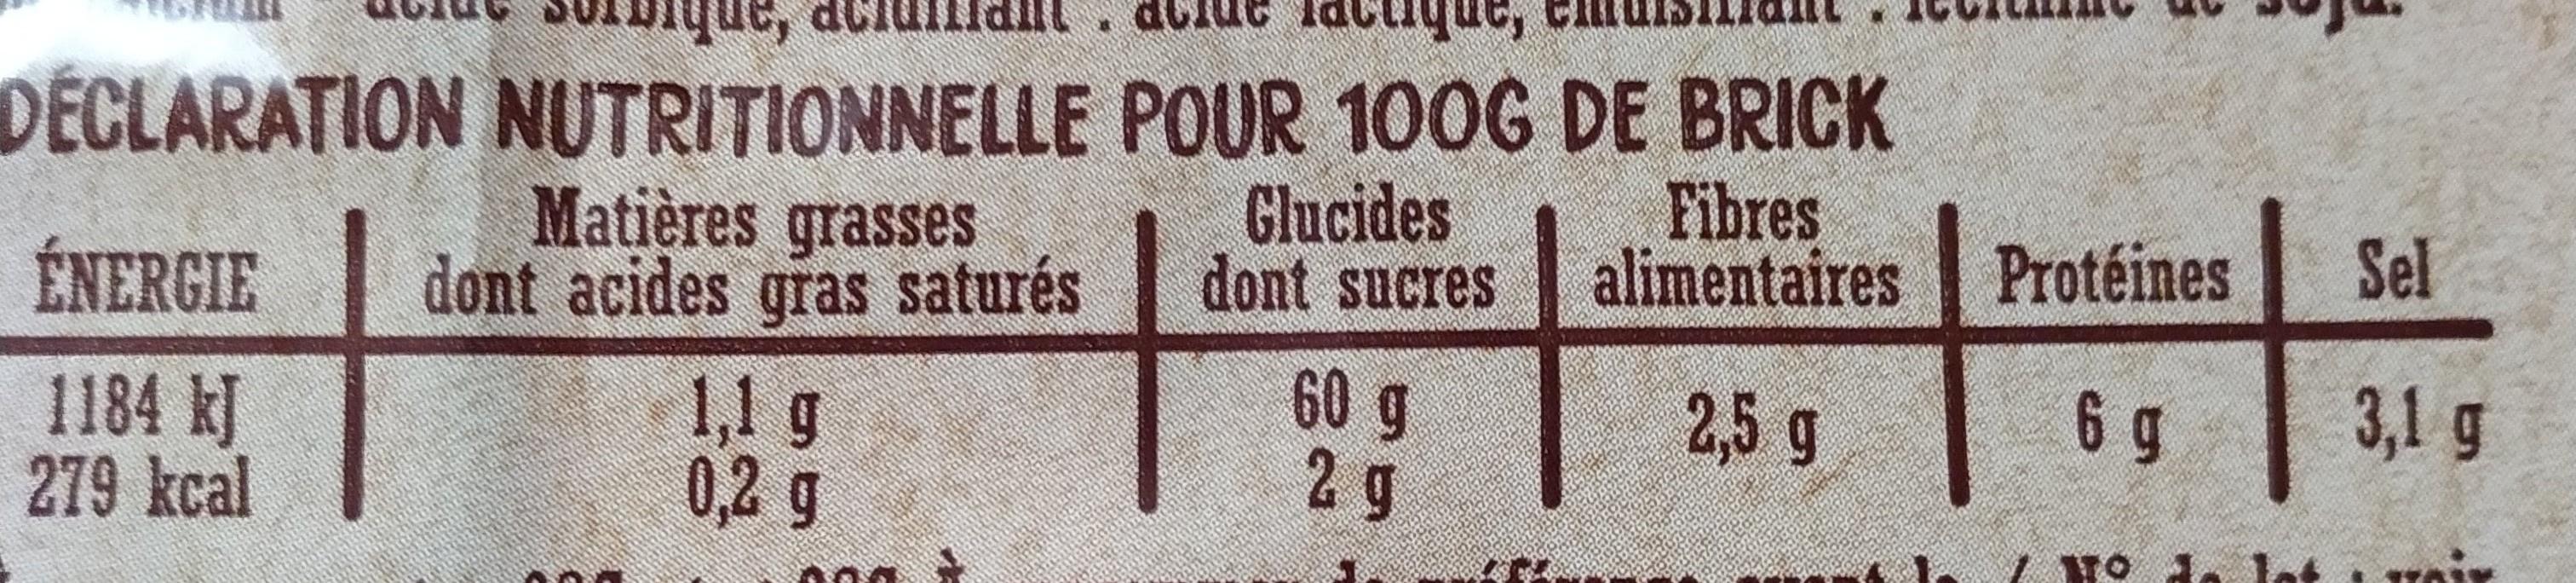
பாம்,
ue, d
DECLARATION NUTRITIONNELLE POUR 100G DE BRICK Matières grasses dont acides gras saturés 1,1g 0,2g
Glucides dont sucres
Fibres alimentaires Protéines
Sel
ÉNERGIE
6 g
3,1g
60 g 29
2,5 g
1184 kJ 279 kcal